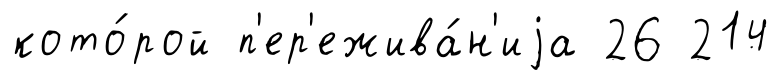
кото́рой п'ер'ежива́н'иjа 26 214